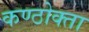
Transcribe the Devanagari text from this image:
कण्ठोक्ता